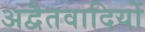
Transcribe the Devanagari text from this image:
अद्वैतवादियों